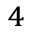
_ 4